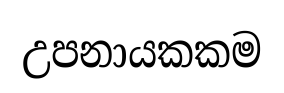
උපනායකකම